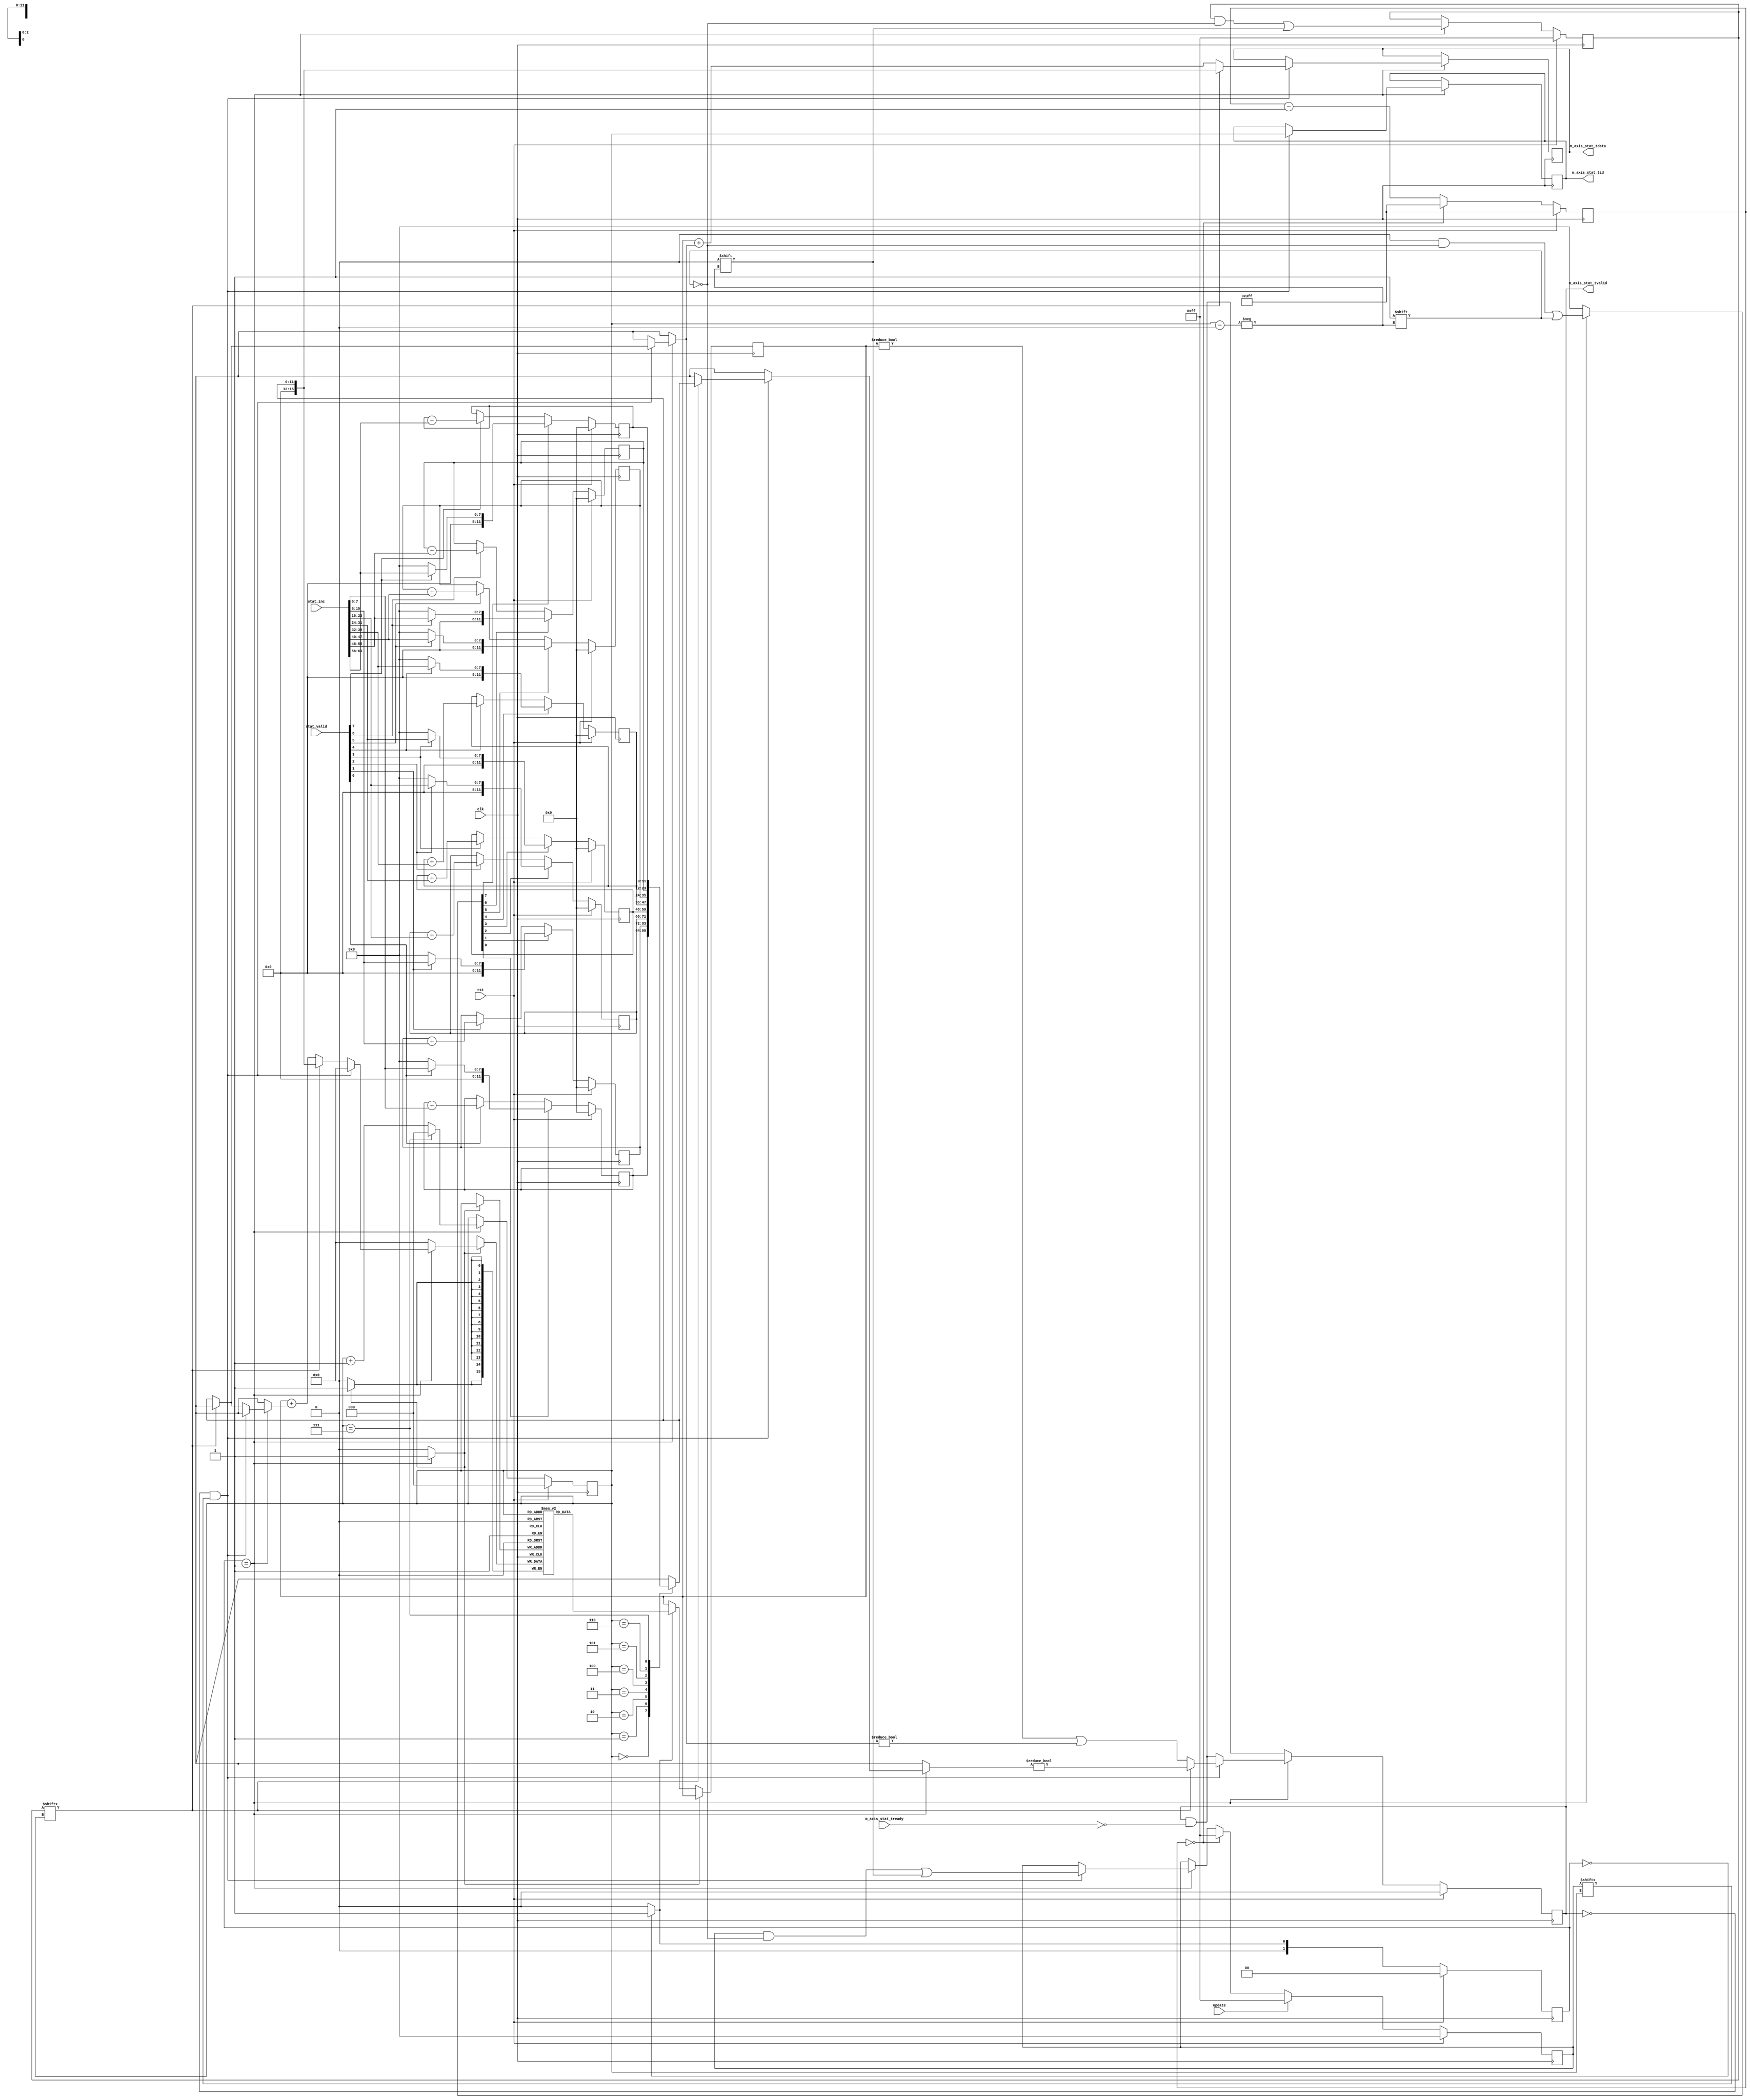
/*

Copyright (c) 2021 Alex Forencich

Permission is hereby granted, free of charge, to any person obtaining a copy
of this software and associated documentation files (the "Software"), to deal
in the Software without restriction, including without limitation the rights
to use, copy, modify, merge, publish, distribute, sublicense, and/or sell
copies of the Software, and to permit persons to whom the Software is
furnished to do so, subject to the following conditions:

The above copyright notice and this permission notice shall be included in
all copies or substantial portions of the Software.

THE SOFTWARE IS PROVIDED "AS IS", WITHOUT WARRANTY OF ANY KIND, EXPRESS OR
IMPLIED, INCLUDING BUT NOT LIMITED TO THE WARRANTIES OF MERCHANTABILITY
FITNESS FOR A PARTICULAR PURPOSE AND NONINFRINGEMENT. IN NO EVENT SHALL THE
AUTHORS OR COPYRIGHT HOLDERS BE LIABLE FOR ANY CLAIM, DAMAGES OR OTHER
LIABILITY, WHETHER IN AN ACTION OF CONTRACT, TORT OR OTHERWISE, ARISING FROM,
OUT OF OR IN CONNECTION WITH THE SOFTWARE OR THE USE OR OTHER DEALINGS IN
THE SOFTWARE.

*/

// Language: Verilog 2001

`resetall
`timescale 1ns / 1ps
`default_nettype none

/*
 * Statistics collector
 */
module stats_collect #
(
    // Channel count
    parameter COUNT = 8,
    // Increment width (bits)
    parameter INC_WIDTH = 8,
    // Statistics counter increment width (bits)
    parameter STAT_INC_WIDTH = 16,
    // Statistics counter ID width (bits)
    parameter STAT_ID_WIDTH = $clog2(COUNT),
    // Statistics counter update period (cycles)
    parameter UPDATE_PERIOD = 1024
)
(
    input  wire                        clk,
    input  wire                        rst,

    /*
     * Increment inputs
     */
    input  wire [INC_WIDTH*COUNT-1:0]  stat_inc,
    input  wire [COUNT-1:0]            stat_valid,

    /*
     * Statistics increment output
     */
    output wire [STAT_INC_WIDTH-1:0]   m_axis_stat_tdata,
    output wire [STAT_ID_WIDTH-1:0]    m_axis_stat_tid,
    output wire                        m_axis_stat_tvalid,
    input  wire                        m_axis_stat_tready,

    /*
     * Control inputs
     */
    input  wire                        update
);

parameter COUNT_WIDTH = $clog2(COUNT);
parameter PERIOD_COUNT_WIDTH = $clog2(UPDATE_PERIOD-1);
parameter ACC_WIDTH = INC_WIDTH+COUNT_WIDTH+1;

localparam [1:0]
    STATE_READ = 2'd0,
    STATE_WRITE = 2'd1;

reg [1:0] state_reg = STATE_READ, state_next;

reg [STAT_INC_WIDTH-1:0] m_axis_stat_tdata_reg = 0, m_axis_stat_tdata_next;
reg [STAT_ID_WIDTH-1:0] m_axis_stat_tid_reg = 0, m_axis_stat_tid_next;
reg m_axis_stat_tvalid_reg = 0, m_axis_stat_tvalid_next;

reg [COUNT_WIDTH-1:0] count_reg = 0, count_next;
reg [PERIOD_COUNT_WIDTH-1:0] update_period_reg = UPDATE_PERIOD-1, update_period_next;
reg [COUNT-1:0] zero_reg = {COUNT{1'b1}}, zero_next;
reg [COUNT-1:0] update_reg = {COUNT{1'b0}}, update_next;

wire [ACC_WIDTH-1:0] acc_int[COUNT-1:0];
reg [COUNT-1:0] acc_clear;

(* ram_style = "distributed", ramstyle = "no_rw_check, mlab" *)
reg [STAT_INC_WIDTH-1:0] mem_reg[COUNT-1:0];

reg [STAT_INC_WIDTH-1:0] mem_rd_data_reg = 0;

reg mem_rd_en;
reg mem_wr_en;
reg [STAT_INC_WIDTH-1:0] mem_wr_data;

assign m_axis_stat_tdata = m_axis_stat_tdata_reg;
assign m_axis_stat_tid = m_axis_stat_tid_reg;
assign m_axis_stat_tvalid = m_axis_stat_tvalid_reg;

generate

    genvar n;

    for (n = 0; n < COUNT; n = n + 1) begin
        reg [ACC_WIDTH-1:0] acc_reg = 0;

        assign acc_int[n] = acc_reg;

        always @(posedge clk) begin
            if (acc_clear[n]) begin
                if (stat_valid[n]) begin
                    acc_reg <= stat_inc[n*INC_WIDTH +: INC_WIDTH];
                end else begin
                    acc_reg <= 0;
                end
            end else begin
                if (stat_valid[n]) begin
                    acc_reg <= acc_reg + stat_inc[n*INC_WIDTH +: INC_WIDTH];
                end
            end

            if (rst) begin
                acc_reg <= 0;
            end
        end
    end

endgenerate

always @* begin
    state_next = STATE_READ;

    m_axis_stat_tdata_next = m_axis_stat_tdata_reg;
    m_axis_stat_tid_next = m_axis_stat_tid_reg;
    m_axis_stat_tvalid_next = m_axis_stat_tvalid_reg && !m_axis_stat_tready;

    count_next = count_reg;
    update_period_next = update_period_reg;
    zero_next = zero_reg;
    update_next = update_reg;

    acc_clear = {COUNT{1'b0}};

    mem_rd_en = 1'b0;
    mem_wr_en = 1'b0;
    mem_wr_data = 0;

    case (state_reg)
        STATE_READ: begin
            mem_rd_en = 1'b1;
            state_next = STATE_WRITE;
        end
        STATE_WRITE: begin;
            mem_wr_en = 1'b1;
            acc_clear[count_reg] = 1'b1;
            if (!m_axis_stat_tvalid_reg && update_reg[count_reg]) begin
                update_next[count_reg] = 1'b0;
                mem_wr_data = 0;
                if (zero_reg[count_reg]) begin
                    m_axis_stat_tdata_next = acc_int[count_reg];
                    m_axis_stat_tid_next = count_reg;
                    m_axis_stat_tvalid_next = acc_int[count_reg] != 0;
                end else begin
                    m_axis_stat_tdata_next = mem_rd_data_reg + acc_int[count_reg];
                    m_axis_stat_tid_next = count_reg;
                    m_axis_stat_tvalid_next = mem_rd_data_reg != 0 || acc_int[count_reg] != 0;
                end
            end else begin
                if (zero_reg[count_reg]) begin
                    mem_wr_data = acc_int[count_reg];
                end else begin
                    mem_wr_data = mem_rd_data_reg + acc_int[count_reg];
                end
            end
            zero_next[count_reg] = 1'b0;

            if (count_reg == COUNT-1) begin
                count_next = 0;
            end else begin
                count_next = count_reg + 1;
            end

            state_next = STATE_READ;
        end
    endcase

    if (update_period_reg == 0) begin
        update_next = {COUNT{1'b1}};
        update_period_next = UPDATE_PERIOD-1;
    end else begin
        update_period_next = update_period_reg - 1;
    end

    if (update) begin
        update_next = {COUNT{1'b1}};
    end
end

always @(posedge clk) begin
    state_reg <= state_next;

    m_axis_stat_tdata_reg <= m_axis_stat_tdata_next;
    m_axis_stat_tid_reg <= m_axis_stat_tid_next;
    m_axis_stat_tvalid_reg <= m_axis_stat_tvalid_next;

    count_reg <= count_next;
    update_period_reg <= update_period_next;
    zero_reg <= zero_next;
    update_reg <= update_next;

    if (mem_wr_en) begin
        mem_reg[count_reg] <= mem_wr_data;
    end else if (mem_rd_en) begin
        mem_rd_data_reg <= mem_reg[count_reg];
    end

    if (rst) begin
        state_reg <= STATE_READ;
        m_axis_stat_tvalid_reg <= 1'b0;
        count_reg <= 0;
        update_period_reg <= UPDATE_PERIOD-1;
        zero_reg <= {COUNT{1'b1}};
        update_reg <= {COUNT{1'b0}};
    end
end

endmodule

`resetall